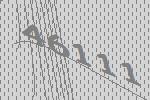
46111